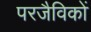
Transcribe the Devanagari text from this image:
परजैविकों